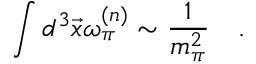
\int d ^ { 3 } \vec { x } \omega _ { \pi } ^ { ( n ) } \sim \frac { 1 } { m _ { \pi } ^ { 2 } } \quad .